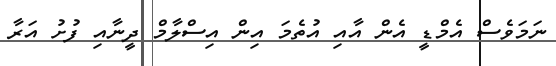
ނަމަވެސް އެމްޑީ އެން އާއި އުތެމަ އިން އިސްލާމް ދީނާއި ފުށު އަރާ